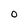
Character: 0